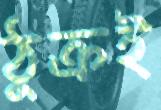
ঠুক্‌রই